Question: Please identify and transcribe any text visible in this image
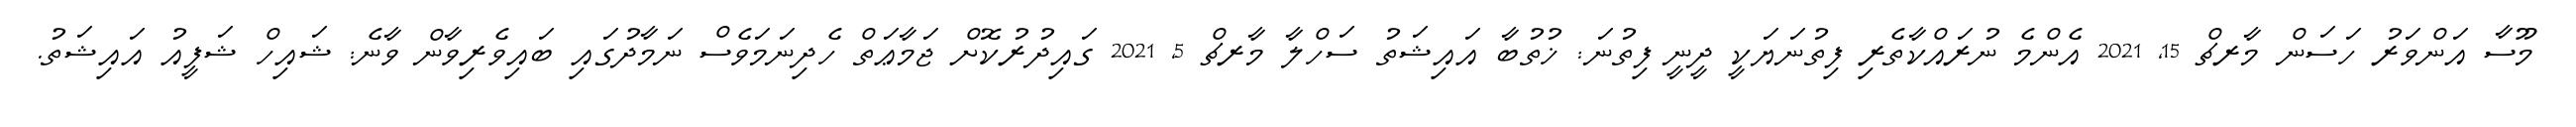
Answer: މޫސާ އަންވަރު ހަސަން މާރޗް 15, 2021 އެންމެ ނުރައްކާތެރި ފިތުނަޔަކީ ދީނީ ފިތުނަ: ޚުތުބާ އައިޝަތު ސަހްލާ މާރޗް 5, 2021 ގައިދުރުކޮށް ޖަމާޢަތް ހެދިނަމަވެސް ނަމާދުގައި ބައިވެރިވާން ވާނެ: ޝައިހް ޝަފީއު އައިޝަތު.